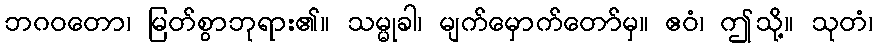
ဘဂဝတော၊ မြတ်စွာဘုရား၏။ သမ္မုခါ၊ မျက်မှောက်တော်မှ။ ဧဝံ၊ ဤသို့။ သုတံ၊